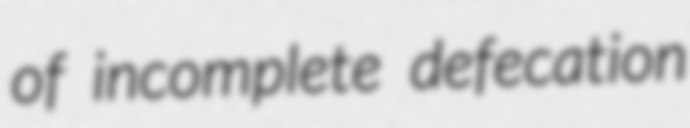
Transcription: of incomplete defecation